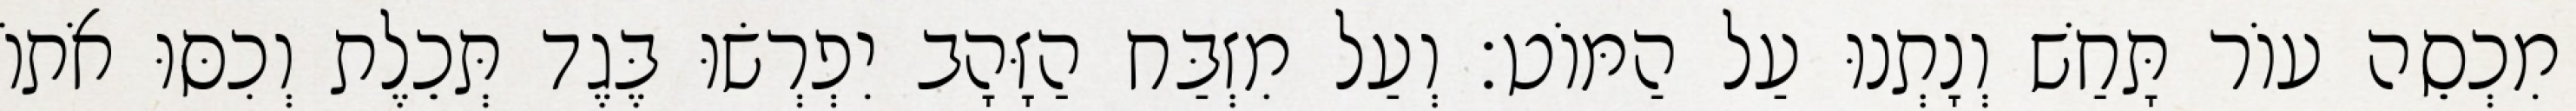
מִכְסֵה עוֹר תָּחַשׁ וְנָתְנוּ עַל הַמּוֹט׃ וְעַל מִזְבַּח הַזָּהָב יִפְרְשׂוּ בֶּגֶד תְּכֵלֶת וְכִסּוּ אֹתוֹ